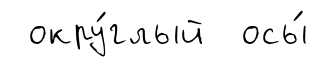
окру́глый осы́